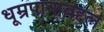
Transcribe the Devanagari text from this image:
धूम्रपानाबद्दल